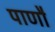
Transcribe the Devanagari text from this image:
पाणौ